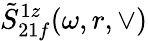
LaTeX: \tilde{S}_{21f}^{1z}(\omega,r,\vee)